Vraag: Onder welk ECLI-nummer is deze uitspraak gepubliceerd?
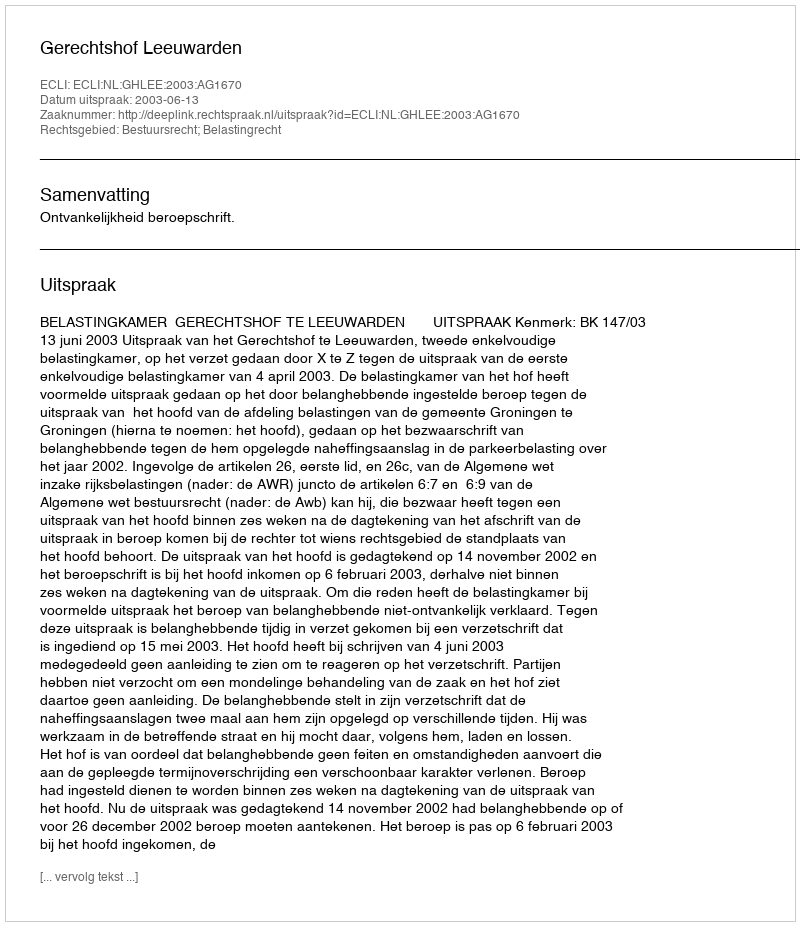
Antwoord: ECLI:NL:GHLEE:2003:AG1670